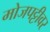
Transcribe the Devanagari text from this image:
मोजपट्टीवर